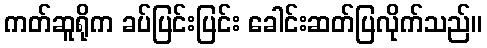
ကတ်ဆူရိုက ခပ်ပြင်းပြင်း ခေါင်းဆတ်ပြလိုက်သည်။